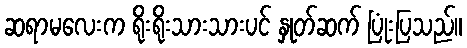
ဆရာမလေးက ရိုးရိုးသားသားပင် နှုတ်ဆက် ပြုံးပြသည်။